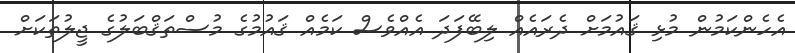
އެހެންކަމުން މުޅި ޤައުމަށް ދެރައެއް ލިބޭފަދަ އެއްވެސް ކަމެއް ޤައުމުގެ މުސްތަޤްބަލުގެ ޖީލުތަކަށް